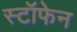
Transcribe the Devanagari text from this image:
स्टॉफेन